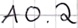
Text: A0.2